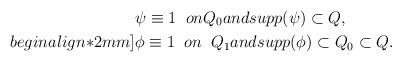
LaTeX: \begin{align*}&\psi \equiv 1\;\; on Q_0and supp(\psi)\subset Q,\\begin{align*}2mm]&\phi \equiv 1\;\; on \;\; Q_1 and supp(\phi)\subset Q_0\subset Q.\end{align*}